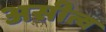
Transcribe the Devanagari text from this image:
असीत्व